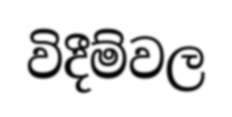
විදීම්වල